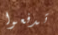
تدفعوا